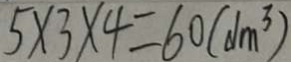
5 \times 3 \times 4 = 6 0 ( d m ^ { 3 } )